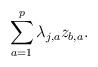
LaTeX: \begin{align*}\sum_{a=1}^p \lambda_{j,a} z_{b,a}.\end{align*}